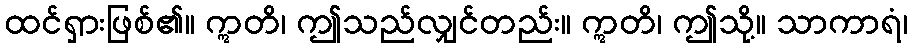
ထင်ရှားဖြစ်၏။ ဣတိ၊ ဤသည်လျှင်တည်း။ ဣတိ၊ ဤသို့။ သာကာရံ၊